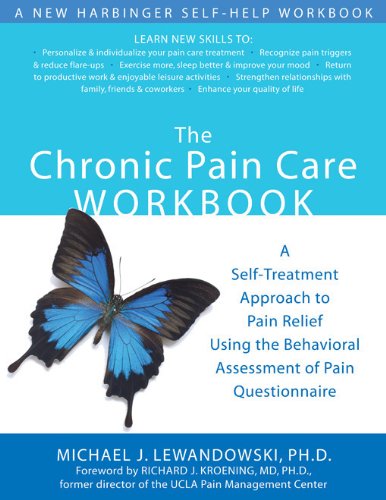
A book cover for The Chronic Pain Care Workbook: A Self-Treatment Approach to Pain Relief Using the Behavioral Assessment of Pain Questionnaire (A New Harbinger Self-Help Workbook); Michael J. Lewandowski; Health, Fitness & Dieting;